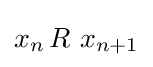
x_{n}\,R~x_{n+1}